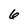
Character: 6